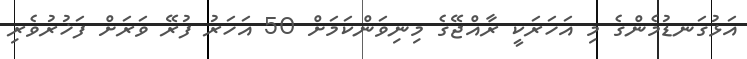
އަޅުގަނޑުމެންގެ މި އަހަރަކީ ރާއްޖޭގެ މިނިވަންކަމަށް 50 އަހަރު ފުރޭ ވަރަށް ފަޚުރުވެރި